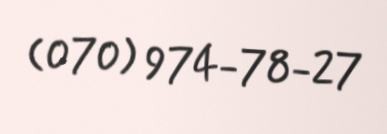
(070) 974-78-27